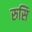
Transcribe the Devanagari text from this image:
रुसि